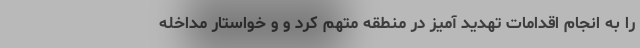
را به انجام اقدامات تهدید آمیز در منطقه متهم کرد و و خواستار مداخله